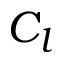
C _ { l }